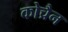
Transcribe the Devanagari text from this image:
कोच्रैन